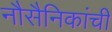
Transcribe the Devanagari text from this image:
नौसैनिकांची